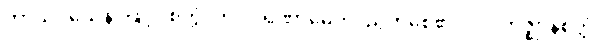
ကာယဝသေန၊ ဖြင့်။ စိတ္တံ၊ ကို။ ပရိဏာမေတိ၊ ညွတ်စေ၏။ ပါဒကဇ္ဈာနစိတ္တံ၊